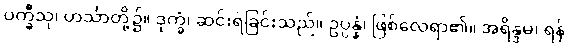
ပက္ခီသု၊ ဟင်္သာတို့၌။ ဒုက္ခံ၊ ဆင်းရဲခြင်းသည်။ ဥပ္ပန္နံ၊ ဖြစ်လေရာ၏။ အရိန္ဒမ၊ ရန်